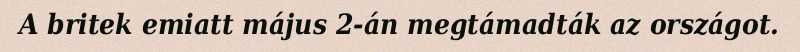
A britek emiatt május 2-án megtámadták az országot.